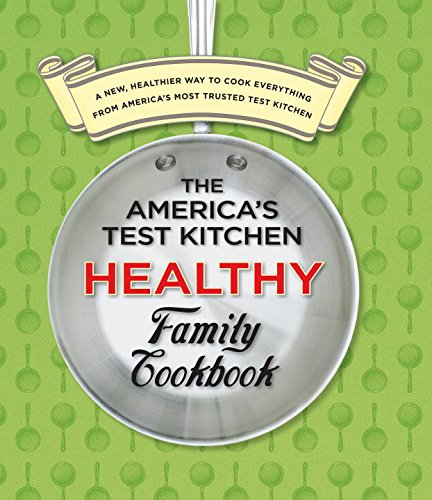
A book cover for The America's Test Kitchen Healthy Family Cookbook; Health, Fitness & Dieting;